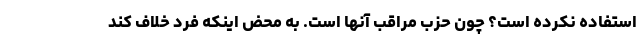
استفاده نکرده است؟ چون حزب مراقب آنها است. به محض اینکه فرد خلاف کند